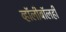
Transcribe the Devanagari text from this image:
व्हॉलीबॉलही